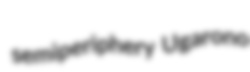
semiperiphery Ugarono